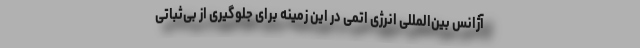
آژانس بین‌المللی انرژی اتمی در این زمینه برای جلوگیری از بی‌ثباتی